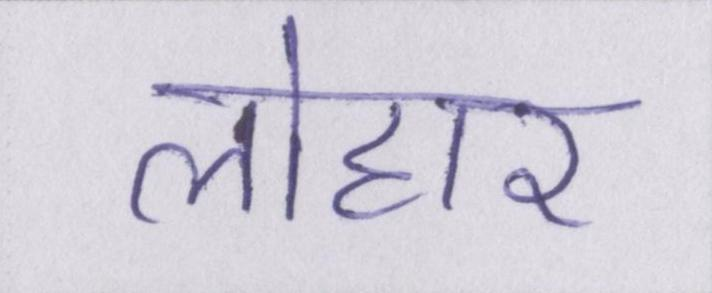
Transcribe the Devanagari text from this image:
लोहार